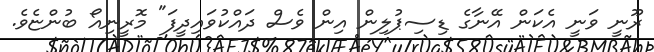
ރޫނީ ވަނީ އެކަން އޭނާގެ ޑިސިޕުލިން އިން ވެސް ދައްކުވައިދީފަ" މޮރީނިއޯ ބުންޏެވެ.